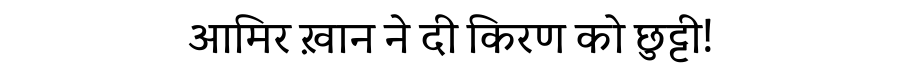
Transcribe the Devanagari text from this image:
आमिर ख़ान ने दी किरण को छुट्टी!